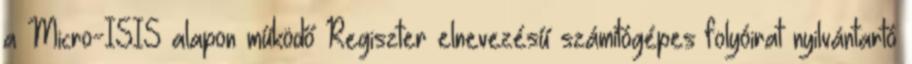
a Micro-ISIS alapon működő Regiszter elnevezésű számítógépes folyóirat nyilvántartó